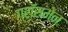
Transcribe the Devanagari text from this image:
ग्रॉसमेन